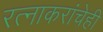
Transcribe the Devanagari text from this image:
रत्‍नाकरांचेही